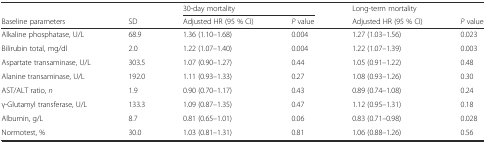
|  |  | <COLSPAN=2> 30-day mortality | Long-term mortality |  |
 | Baseline parameters | SD | Adjusted HR (95 % CI) | P value | Adjusted HR (95 % CI) | P value |
 | --- | --- | --- | --- | --- | --- |
 | Alkaline phosphatase, U/L | 68.9 | 1.36 (1.10–1.68) | 0.004 | 1.27 (1.03–1.56) | 0.023 |
 | Bilirubin total, mg/dl | 2.0 | 1.22 (1.07–1.40) | 0.004 | 1.22 (1.07–1.39) | 0.003 |
 | Aspartate transaminase, U/L | 303.5 | 1.07 (0.90–1.27) | 0.44 | 1.05 (0.91–1.22) | 0.48 |
 | Alanine transaminase, U/L | 192.0 | 1.11 (0.93–1.33) | 0.27 | 1.08 (0.93–1.26) | 0.30 |
 | AST/ALT ratio, n | 1.9 | 0.90 (0.70–1.17) | 0.43 | 0.89 (0.74–1.08) | 0.24 |
 | γ-Glutamyl transferase, U/L | 133.3 | 1.09 (0.87–1.35) | 0.47 | 1.12 (0.95–1.31) | 0.18 |
 | Albumin, g/L | 8.7 | 0.81 (0.65–1.01) | 0.06 | 0.83 (0.71–0.98) | 0.028 |
 | Normotest, % | 30.0 | 1.03 (0.81–1.31) | 0.81 | 1.06 (0.88–1.26) | 0.56 |